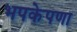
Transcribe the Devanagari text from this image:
भपकेपणा